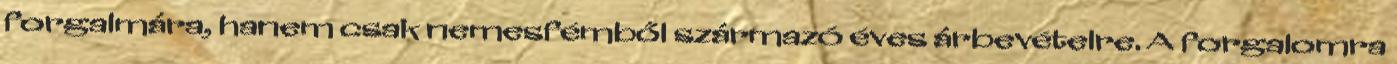
forgalmára, hanem csak nemesfémből származó éves árbevételre. A forgalomra